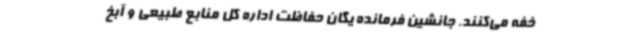
خفه می‌کنند. جانشین فرمانده یگان حفاظت اداره کل منابع طبیعی و آبخ